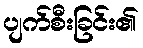
ပျက်စီးခြင်း၏